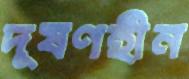
দূষণহীন